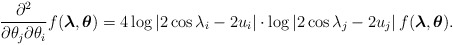
\begin{align*} \frac{\partial^{2}}{\partial \theta_{j} \partial \theta_{i}} f(\boldsymbol{\lambda},\boldsymbol{\theta }) = 4\log\left|2\cos\lambda_{i}-2u_{i}\right|\cdot \log\left|2\cos\lambda_{j}-2u_{j}\right| f(\boldsymbol{\lambda},\boldsymbol{\theta}). \end{align*}